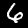
Digit: 6